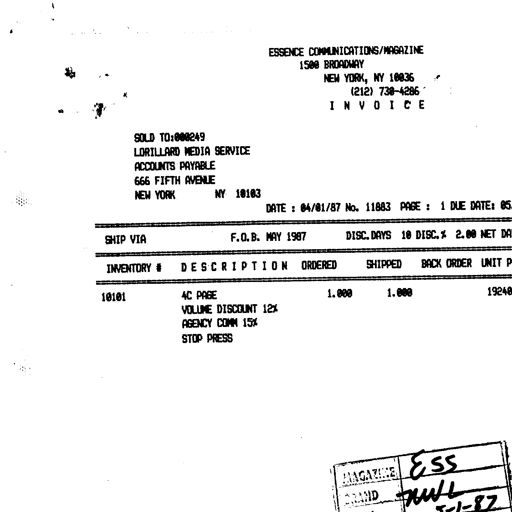
ESSENCE COMMUNICATIONS/MAGAZINE
1500 BROADWAY
NEW YORK, NY 10036
(212) 730-4286
I N V O I C E

SOLD TO: 000249
LORILLARD MEDIA SERVICE
ACCOUNTS PAYABLE
666 FIFTH AVENUE
NEW YORK NY 10103

DATE : 04/01/87 No. 11883 PAGE : 1 DUE DATE: 05

SHIP VIA F.O.B. MAY 1987 DISC. DAYS 10 DISC. % 2.00 NET DA

INVENTORY # DESCRIPTION ORDERED SHIPPED BACK ORDER UNIT P

10101 4C PAGE 1.000 1.000 19240
VOLUME DISCOUNT 12%
AGENCY COMM 15%
STOP PRESS

MAGAZINE Ess
BRAND NWL
5-1-87